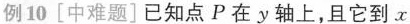
例10[中难题]已知点P在y轴上，且它到。x